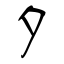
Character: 夕